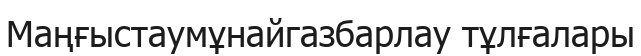
Маңғыстаумұнайгазбарлау тұлғалары